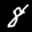
Label: 8